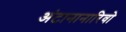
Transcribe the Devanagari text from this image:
अंटानानारिवो